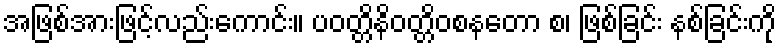
အဖြစ်အားဖြင့်လည်းကောင်း။ ပဝတ္တိနိဝတ္တိဝစနတော စ၊ ဖြစ်ခြင်း နစ်ခြင်းကို